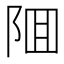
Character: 𨹰